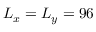
L _ { x } = L _ { y } = 9 6